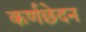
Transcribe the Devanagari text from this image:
कर्णछेदन